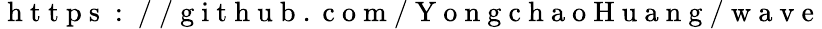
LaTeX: \mathrm{~h~t~t~p~s~:~/~/~g~i~t~h~u~b~.~c~o~m~/~Y~o~n~g~c~h~a~o~H~u~a~n~g~/~w~a~v~e~}